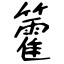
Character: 籗